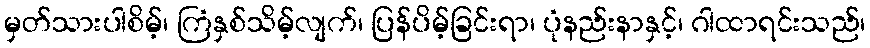
မှတ်သားပါစိမ့်၊ ကြံနှစ်သိမ့်လျက်၊ ပြန်ပိမ့်ခြင်းရာ၊ ပုံနည်းနာနှင့်၊ ဂါထာရင်းသည်၊